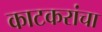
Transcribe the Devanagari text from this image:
काटकरांचा